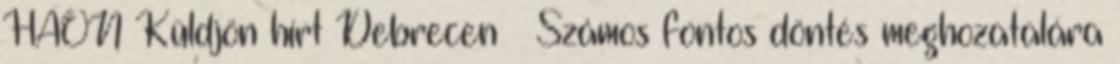
HAON Küldjön hírt Debrecen – Számos fontos döntés meghozatalára